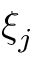
\xi _ { j }